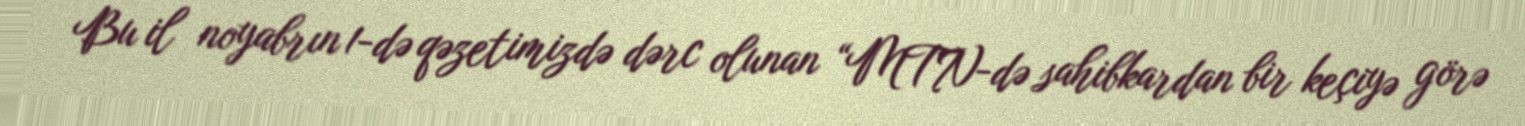
Bu il noyabrın 1-də qəzetimizdə dərc olunan “MTN-də sahibkardan bir keçiyə görə